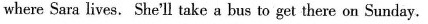
where Sara lives. She'll take a bus to get there on Sunday.